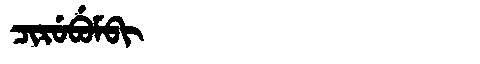
Manchu: ᠴᡳᡵᡠᠪᡠᠮᠪᡳ
Romanization: CIRUBUMBI